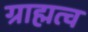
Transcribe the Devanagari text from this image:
ग्राह्मत्व